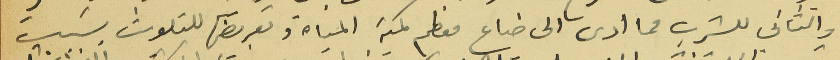
والثاني للشرب مما ادى الى ضاع معظم كمية المياه وتعريضها للتلوث بسَبب